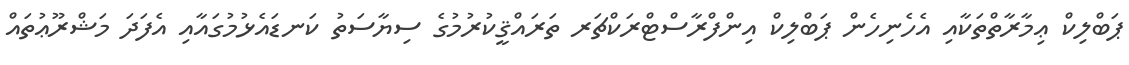
ޕަބްލިކް ޢިމާރާތްތަކާއި އެހެނިހެން ޕަބްލިކް އިންފްރާސްޓްރަކްޗަރ ތަރައްޤީކުރުމުގެ ސިޔާސަތު ކަނޑައެޅުމުގައާއި އެފަދަ މަޝްރޫޢުތައް